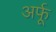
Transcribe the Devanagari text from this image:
अर्फू